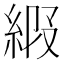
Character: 𦀩